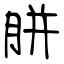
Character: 胼